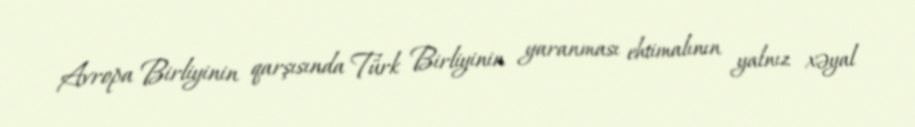
Avropa Birliyinin qarşısında Türk Birliyinin yaranması ehtimalının yalnız xəyal